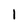
Character: 1